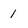
Character: 1